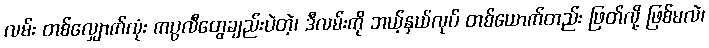
လမ်း တစ်လျှောက်လုံး ကပ္ပလီတွေချည်းပဲတဲ့၊ ဒီလမ်းကို ဘယ့်နှယ်လုပ် တစ်ယောက်တည်း ဖြတ်လို့ ဖြစ်မလဲ၊